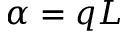
\alpha = q L